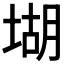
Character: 𡎁